Lunatic asylums Bombay report 1878-1890 - 1878-1890
Year: 1878
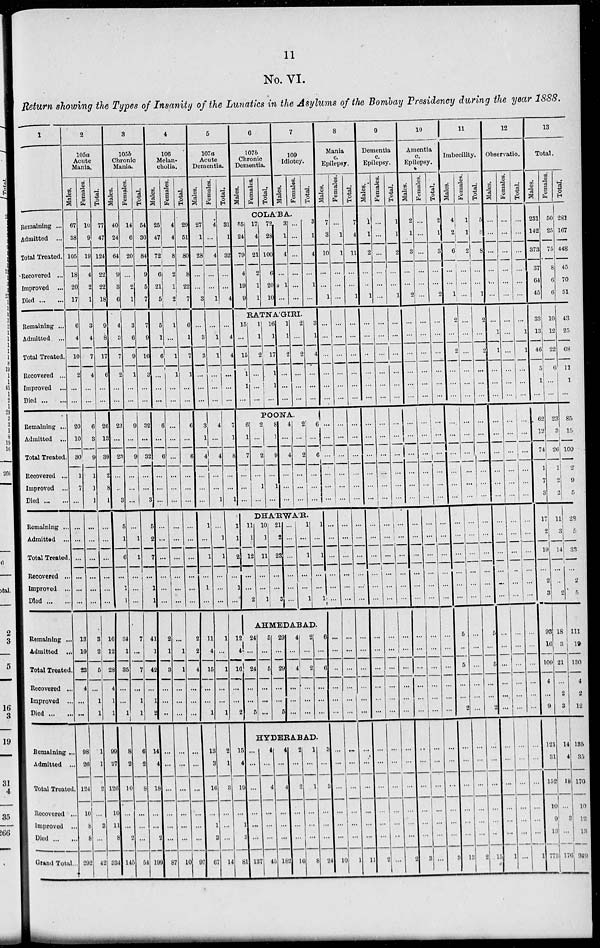
11
No. VI.
Return showing the Types of Insanity of the Lunatics in the Asylums of the Bombay Presidency during the year 1888.
1
Remaining ...
Admitted ...
Total Treated.
Recovered ...
Improved ...
Died...
...
Remaining ...
Admitted ...
Total Treated.
Recovered ...
Improved ...
Died...
...
Remaining ...
Admitted ...
Total Treated.
Recovered ...
Improved ...
Died...
...
Remaining ...
Admitt»d ...
Total Treated.
Recovered ...
Improved ...
Died...
...
Remaining ...
Admitted ...
Total Treated
Recovered...
Improved ...
Died...
...
Remaining ..
Admitted
Total Treated
Recovered ...
Improved ...
Died ... ...
Grand Total.
2
105a
Acute
Mania.
Males.
67
38
105
18
20
17
6
4
10
2
...
...
20
10
30
1
7
...
...
...
...
...
...
...
13
10
23
4
...
...
98
26
124
1
3
8
292
Females.
10
9
19
4
2
1
3
4
7
4
...
...
6
3
9
1
1
1
...
...
...
...
...
...
3
2
5
...
1
1
1
1
2
...
...
...
42
Total.
77
47
124
22
22
18
9
8
17
6
...
...
26
13
39
2
8
1
...
...
...
...
...
...
16
12
28
4
1
1
99
27
126
1
3
8
334
3
105b
Chronic
Mania.
Males.
40
24
64
9
3
6
4
3
7
2
...
...
23
...
23
...
...
3
5
1
6
...
1
1
34
1
35
...
...
1
8
2
10
...
11
2
145
Females.
14
6
20
...
2
1
3
6
9
1
...
...
9
...
9
...
...
...
...
1
1
...
...
...
7
...
7
...
1
1
6
2
3
...
...
...
54
Total.
54
30
84
9
5
7
7
9
16
3
...
...
32
...
32
...
...
3
5
2
7
...
1
1
41
1
42
...
1
2
14
4
13
...
11
2
199
4
106
Melan-
cholia.
Males.
25
47
72
6
21
5
5
1
6
...
...
...
6
...
6
...
...
...
...
...
...
...
...
...
2
1
3
...
...
...
...
...
...
...
...
...
87
Females.
4
4
8
2
1
2
1
...
1
1
...
...
...
...
...
...
...
...
...
...
...
...
...
...
...
1
1
...
...
...
...
...
...
...
...
...
10
Total.
29
51
80
8
22
7
6
1
7
1
...
...
6
...
6
...
...
...
...
...
...
...
...
...
2
2
4
...
...
...
...
...
...
...
...
...
97
5
107a
Acute
Dementia.
Males.
27
1
28
...
...
3
...
3
3
...
...
...
3
1
4
...
...
...
1
...
1
...
1
...
11
4
15
...
...
1
13
3
16
...
1
3
67
Females.
4
...
4
...
...
1
...
1
1
...
...
...
4
...
4
...
...
1
...
1
1
...
...
...
1
...
1
...
...
1
2
1
3
...
...
...
14
Total.
31
1
32
...
...
4
...
-
4
...
...
...
7
1
8
...
...
1
1
1
2
...
1
...
12
4
16
...
...
2
15
4
19
...
1
3
81
6
107b
Chronic
Dementia.
Males.
Females.
Total.
7
109
Idiotcy.
Males.
Females.
Total.
COLA'BA.
55
24
79
4
19
9
17
4
21
2
1
1
72
28
100
6
20
10
3
1
4
...
1
...
...
...
...
...
...
...
3
1
4
...
1
...
RATNA'GIRI.
15
...
15
1
1
...
11
1
2
...
...
...
16
1
17
1
1
...
1
1
2
...
...
...
2
...
2
...
...
...
3
1
4
...
...
...
POONA.
6
1
7
...
...
...
2
...
2
...
1
...
8
1
9
...
1
...
4
...
4
...
...
...
2
...
2
...
...
...
6
...
6
...
...
...
DHA'RWA'R.
11
1
12
...
...
2
10
1
11
...
...
1
21
2
23
...
...
3
...
...
...
...
...
...
1
...
1
...
...
1
1
...
1
...
...
1
AHMEDABAD.
24
...
24
...
...
5
5
...
4
...
...
...
29
...
29
...
...
5
4
...
4
...
...
...
2
...
2
...
...
...
6
...
6
...
...
...
8
Mania
c.
Epilepsy.
Males.
7
3
10
...
...
1
...
...
...
...
...
...
...
...
...
...
...
...
...
...
...
...
...
...
...
...
...
...
...
...
HYDERABAD.
...
...
...
...
...
...
137
4
...
4
...
...
...
45
4
...
4
...
...
...
182
2
...
2
...
...
...
16
1
...
1
...
...
...
8
3
...
3
...
...
...
24
...
...
...
...
...
...
10
Females.
...
1
1
...
...
...
...
...
...
...
...
...
...
...
...
...
...
...
...
...
...
...
...
...
...
...
...
...
...
...
...
...
...
...
...
...
1
Total.
7
4
11
...
1
...
...
...
...
...
...
...
...
...
...
...
...
...
...
...
...
...
...
...
...
...
...
...
...
...
...
...
...
...
...
11
9
Dementia
c.
Epilepsy.
Males.
1
1
2
...
...
1
...
...
...
...
...
...
...
...
...
...
...
...
...
...
...
...
...
...
...
...
...
...
...
...
...
...
...
...
...
...
2
Females.
...
...
...
...
...
...
...
...
...
...
...
...
...
...
...
...
...
...
...
...
...
...
...
...
...
...
...
...
...
...
...
...
...
...
...
...
...
Total.
1
1
2
...
...
1
...
...
...
...
...
...
...
...
...
...
...
...
...
...
...
...
...
...
...
...
...
...
...
...
...
...
...
...
...
...
2
10
Amentia
c.
Epilepsy.
Males.
2
1
3
...
...
2
...
...
...
...
...
...
...
...
...
...
...
...
...
...
...
...
...
...
...
...
...
...
...
...
...
...
...
...
...
...
3
Females.
...
...
...
...
...
...
...
...
...
...
...
...
...
...
...
...
...
...
...
...
...
...
...
...
...
...
...
...
...
...
...
...
...
...
...
...
...
Total.
2
1
3
2
...
...
...
...
...
...
...
...
...
...
...
...
...
...
...
...
...
...
...
...
...
...
...
...
...
...
...
...
...
...
3
11
Imbecility.
Males.
4
2
6
...
...
1
2
...
2
...
...
...
....
...
...
...
...
...
...
...
...
...
...
...
5
...
5
...
...
2
...
...
...
...
...
13
Females.
1
1
2
...
...
...
...
...
...
...
...
...
...
...
...
...
...
...
...
...
...
...
...
...
...
...
...
...
...
...
...
...
...
...
...
2
Total.
5
3
8
...
...
1
2
...
2
...
...
...
...
...
...
...
...
...
...
...
...
...
...
...
5
...
5
...
...
2
...
...
...
...
...
...
15
12
Observation.
Males.
...
...
...
...
...
...
1
1
...
...
...
...
...
...
...
...
...
...
...
...
...
...
...
...
...
...
...
...
...
...
...
...
...
...
1
Females.
...
...
...
...
...
...
...
...
...
...
...
...
...
...
...
...
...
...
...
...
...
...
...
...
...
...
...
...
...
...
...
...
...
...
...
...
...
Total.
...
...
...
...
...
...
...
1
1
...
...
...
...
...
...
...
...
...
...
...
...
...
...
...
...
...
...
...
...
...
...
...
...
...
...
...
1
13
Total.
Males.
231
142
373
37
64
45
33
13
46
5
1
...
62
12
74
1
7
3
17
...
19
...
2
3
93
16
109
4
2
9
121
31
152
10
9
13
773
Females.
60
25
75
8
6
6
10
12
22
6
...
...
23
3
26
1
2
2
11
...
4
...
...
2
18
3
21
...
...
3
14
4
18
...
3
...
176
Total.
281
167
448
45
70
51
43
25
68
11
1
...
85
15
100
2
9
5
28
...
33
...
2
5
111
19
130
4
2
12
135
35
170
10
12
13
949